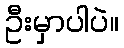
ဦးမှာပါပဲ။